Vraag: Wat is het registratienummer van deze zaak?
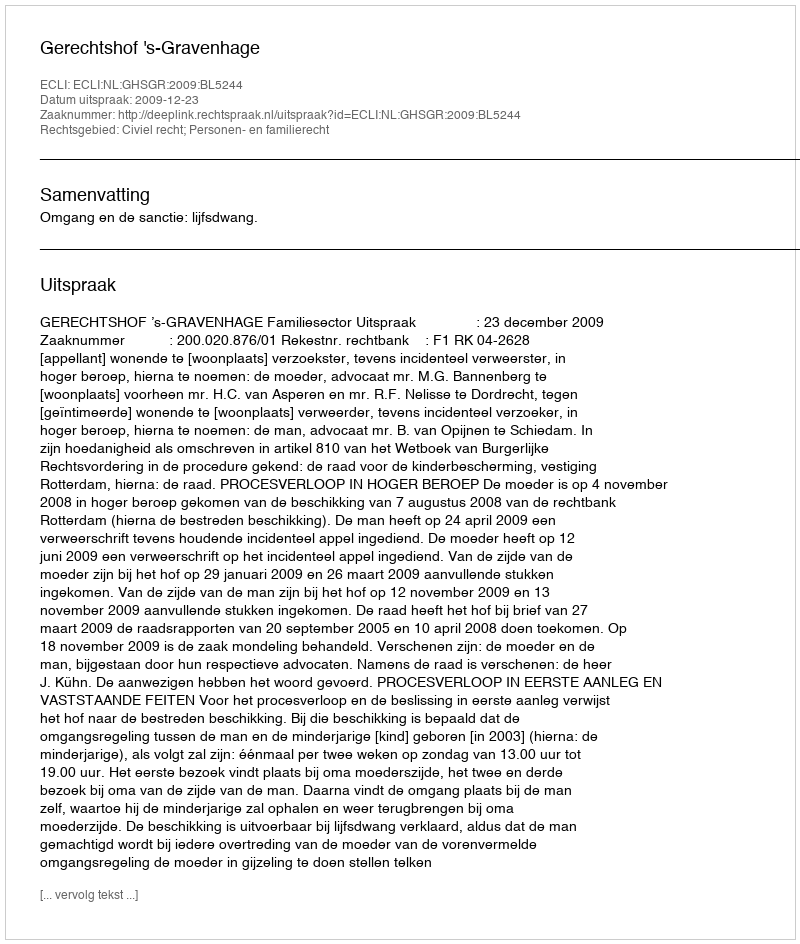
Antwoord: http://deeplink.rechtspraak.nl/uitspraak?id=ECLI:NL:GHSGR:2009:BL5244